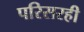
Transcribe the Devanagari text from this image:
परिसरही